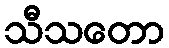
သီသတော